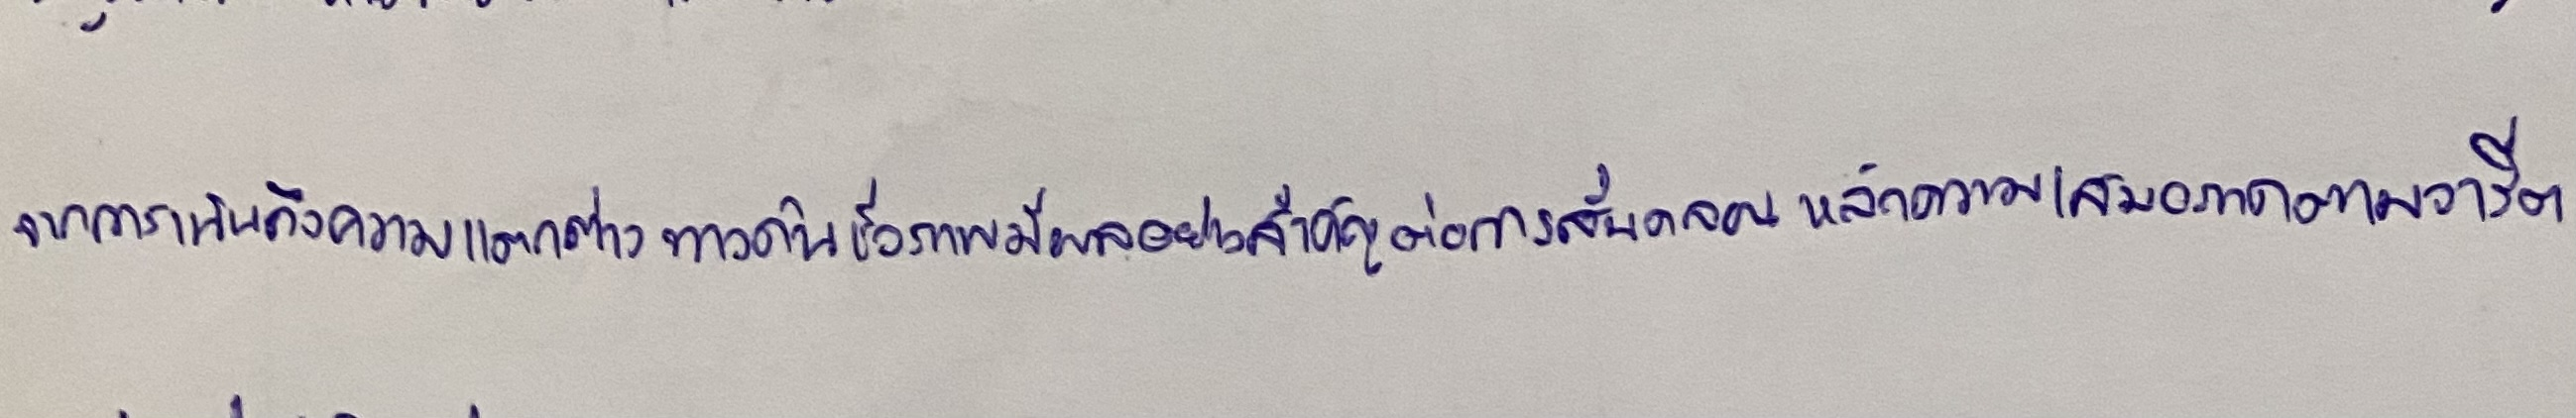
จากการเน้นถึงความแตกต่างทางด้านชีวภาพมีผลอย่างสำคัญต่อการสั่นคลอนหลักความเสมอภาคตามจารีต